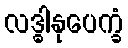
လဒ္ဓါနုပေက္ခံ